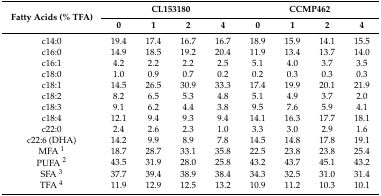
| <ROWSPAN=2> Fatty Acids (% TFA) | <COLSPAN=4> CL153180 | <COLSPAN=4> CCMP462 |
 | 0 | 1 | 2 | 4 | 0 | 1 | 2 | 4 |
 | --- | --- | --- | --- | --- | --- | --- | --- | --- |
 | c14:0 | 19.4 | 17.4 | 16.7 | 16.7 | 18.9 | 15.9 | 14.1 | 15.5 |
 | c16:0 | 14.9 | 18.5 | 19.2 | 20.4 | 11.9 | 13.4 | 13.7 | 14.0 |
 | c16:1 | 4.2 | 2.2 | 2.2 | 2.5 | 5.1 | 4.0 | 3.7 | 3.5 |
 | c18:0 | 1.0 | 0.9 | 0.7 | 0.2 | 0.2 | 0.3 | 0.3 | 0.3 |
 | c18:1 | 14.5 | 26.5 | 30.9 | 33.3 | 17.4 | 19.9 | 20.1 | 21.9 |
 | c18:2 | 8.2 | 6.5 | 5.3 | 4.8 | 5.1 | 4.9 | 3.7 | 2.0 |
 | c18:3 | 9.1 | 6.2 | 4.4 | 3.8 | 9.5 | 7.6 | 5.9 | 4.1 |
 | c18:4 | 12.1 | 9.4 | 9.3 | 9.4 | 14.1 | 16.3 | 17.7 | 18.1 |
 | c22:0 | 2.4 | 2.6 | 2.3 | 1.0 | 3.3 | 3.0 | 2.9 | 1.6 |
 | c22:6 (DHA) | 14.2 | 9.9 | 8.9 | 7.8 | 14.5 | 14.8 | 17.8 | 19.1 |
 | MFA 1 | 18.7 | 28.7 | 33.1 | 35.8 | 22.5 | 23.8 | 23.8 | 25.4 |
 | PUFA 2 | 43.5 | 31.9 | 28.0 | 25.8 | 43.2 | 43.7 | 45.1 | 43.2 |
 | SFA 3 | 37.7 | 39.4 | 38.9 | 38.4 | 34.3 | 32.5 | 31.0 | 31.4 |
 | TFA 4 | 11.9 | 12.9 | 12.5 | 13.2 | 10.9 | 11.2 | 10.3 | 10.1 |